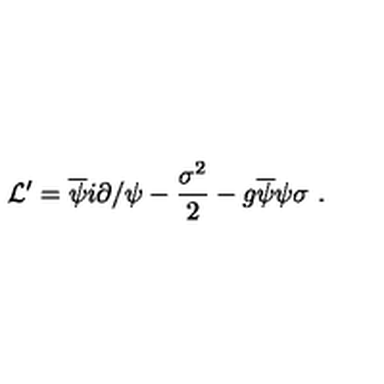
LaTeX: { \cal L ^ { \prime } } = \overline { { \psi } } i { \partial / } \psi - { \frac { \sigma ^ { 2 } } { 2 } } - g \overline { { \psi } } \psi \sigma \ .